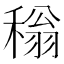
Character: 𬓵